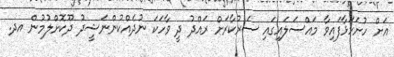
އަށް ހުށަހަޅާފައިވާ މައްސަލައިގައި ސަރުކާރަށް ރައްދު ދީ ވާހަކަ ނުދެއްކުންނަޝީދު ދޫކޮށްލުމުން އދ.